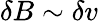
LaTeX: \delta B\sim\delta v